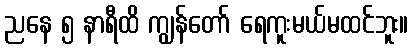
ညနေ ၅ နာရီထိ ကျွန်တော် ရေကူးမယ်မထင်ဘူး။